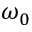
\omega _ { 0 }